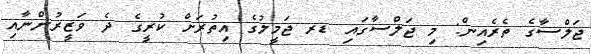
ޖަލްސާގެ ތެރެއިން: މި ޖަލްސާގައި ޑރ ޖަމީލުގެ އިތުރަށް ކުރީގެ ދެ ވަޒީރުންނާއި